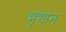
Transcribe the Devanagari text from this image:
भृद्यान